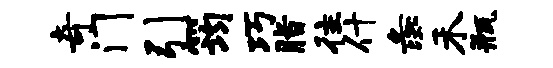
奇门引筠巧脂往什彘禾瓶